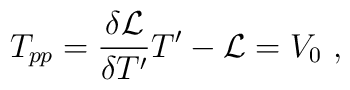
T_{pp}={\delta {{\cal L}}\over \delta T'}T'-{\cal L}  = V_0\ ,